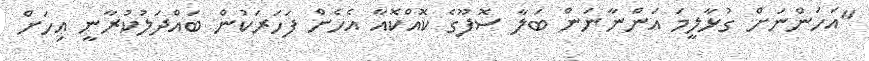
"އަހަންނަށް ގުޅާލީމަ އަންނާނަން ބަލާ ސޮފޫގެ ކޮއްކޮއާ އެހެން ފަހަރަކުން ބައްދަލުކުރާނީ އިހަށް